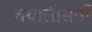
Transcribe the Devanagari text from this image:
बयालीसवाँ